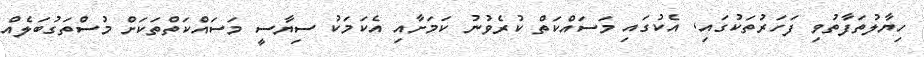
ހިޔާލުތަފާތުވި ފަހަރުތަކުގައި